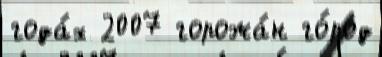
года́х 2007 горожа́н го́род